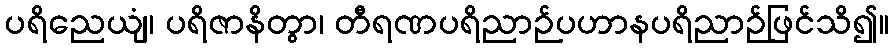
ပရိညေယျံ၊ ပရိဇာနိတွာ၊ တီရဏပရိညာဉ်ပဟာနပရိညာဉ်ဖြင်သိ၍။